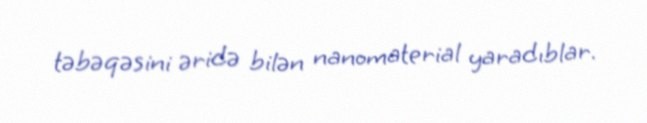
təbəqəsini əridə bilən nanomaterial yaradıblar.